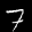
Label: 7